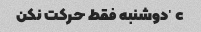
c' دوشنبه فقط حرکت نکن